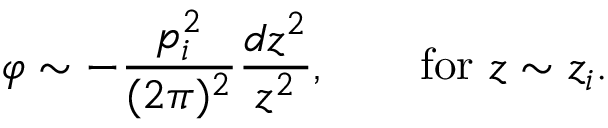
\varphi \sim - { \frac { p _ { i } ^ { 2 } } { ( 2 \pi ) ^ { 2 } } } { \frac { d z ^ { 2 } } { z ^ { 2 } } } , \quad \quad \mathrm { f o r } \, \, z \sim z _ { i } .